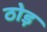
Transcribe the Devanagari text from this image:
ठोड़